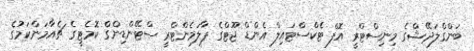
ބަންގްލަދޭޝްގެ މިނިސްޓްރީ އޮފް ޓެކްސްޓައިލް އެންޑް ޖޫޓްގެ ޕާލަމެންޓްރީ ސްޓޭންޑިންގް ކޮމެޓީގެ ޗެއާމަންކަމުގެ